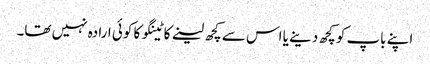
اپنے باپ کو کچھ دینے یا اس سے کچھ لینے کاٹینگو کا کوئی ارادہ نہیں تھا۔